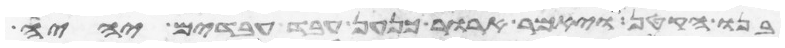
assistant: בנו הקטן ויאמר ארור כנען עבד עבדים יהיה